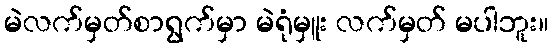
မဲလက်မှတ်စာရွက်မှာ မဲရုံမှူး လက်မှတ် မပါဘူး။